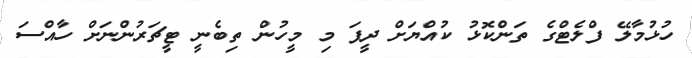
ހުޅުމާލޭ ފްލެޓްގެ ތަންކޮޅު ކުއްޔަށް ދީފަ މި މީހުން ތިބެނީ ޓީޗަރުންނަށް ހާއްސަ